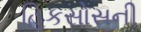
હિકસોસની